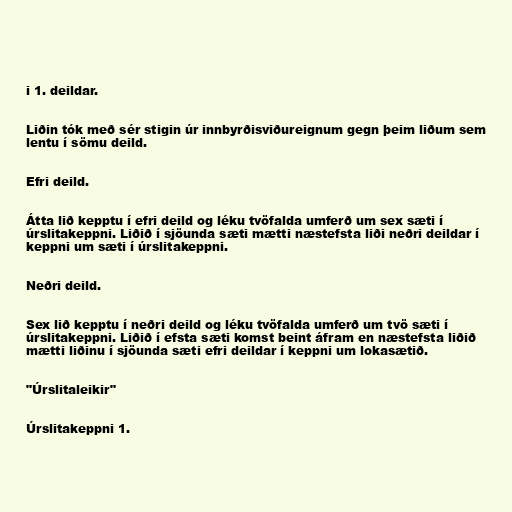
i 1. deildar.

Liðin tók með sér stigin úr innbyrðisviðureignum gegn þeim liðum sem
lentu í sömu deild.

Efri deild.

Átta lið kepptu í efri deild og léku tvöfalda umferð um sex sæti í
úrslitakeppni. Liðið í sjöunda sæti mætti næstefsta liði neðri deildar í
keppni um sæti í úrslitakeppni.

Neðri deild.

Sex lið kepptu í neðri deild og léku tvöfalda umferð um tvö sæti í
úrslitakeppni. Liðið í efsta sæti komst beint áfram en næstefsta liðið
mætti liðinu í sjöunda sæti efri deildar í keppni um lokasætið.

"Úrslitaleikir"

Úrslitakeppni 1.